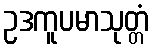
ဥဒကူပမာသုတ္တံ